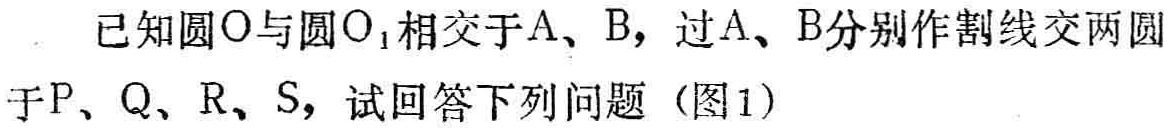
已知圆\(O\)与圆\(O_{1}\)相交于\(A\)、\(B\)，过\(A\)、\(B\)分别作割线交两圆于\(P\)、\(Q\)、\(R\)、\(S\)，试回答下列问题（图1）